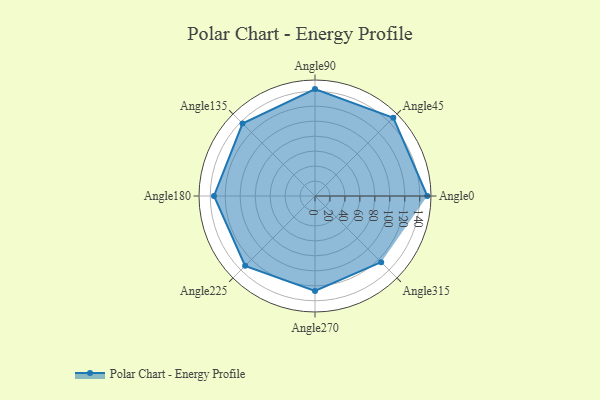
{"axis": {"x": "Angle", "y": "Radius"}, "legend": [""], "data": [{"x": "Angle0", "y": 150.0, "type": ""}, {"x": "Angle45", "y": 148.0, "type": ""}, {"x": "Angle90", "y": 143.0, "type": ""}, {"x": "Angle135", "y": 137.0, "type": ""}, {"x": "Angle180", "y": 135.0, "type": ""}, {"x": "Angle225", "y": 132.0, "type": ""}, {"x": "Angle270", "y": 127.0, "type": ""}, {"x": "Angle315", "y": 125.0, "type": ""}]}